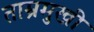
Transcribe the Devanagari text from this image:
ताम्रमुखी